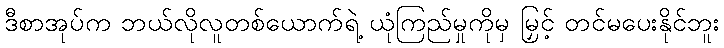
ဒီစာအုပ်က ဘယ်လိုလူတစ်ယောက်ရဲ့ ယုံကြည်မှုကိုမှ မြှင့် တင်မပေးနိုင်ဘူး